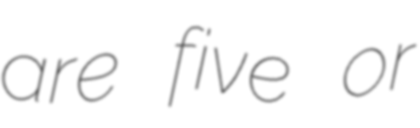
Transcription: are five or